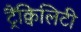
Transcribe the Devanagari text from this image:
ट्रैंक्विलिटी